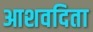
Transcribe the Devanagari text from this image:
आशवदिता